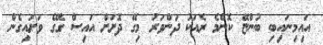
އައިމިނައިބި ބުންޏޭ ކޮންމެ ރެއަކު ދަންވަރު މިގޭ ދޮށަށް އައިސް ގޭގެ ވަށައިގެން